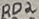
Text: RD2